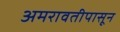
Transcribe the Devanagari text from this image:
अमरावतीपासून